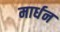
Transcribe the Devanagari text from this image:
मार्धन